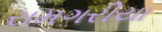
રામગરીયા